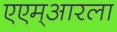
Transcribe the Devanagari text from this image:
एएम्‌आरला